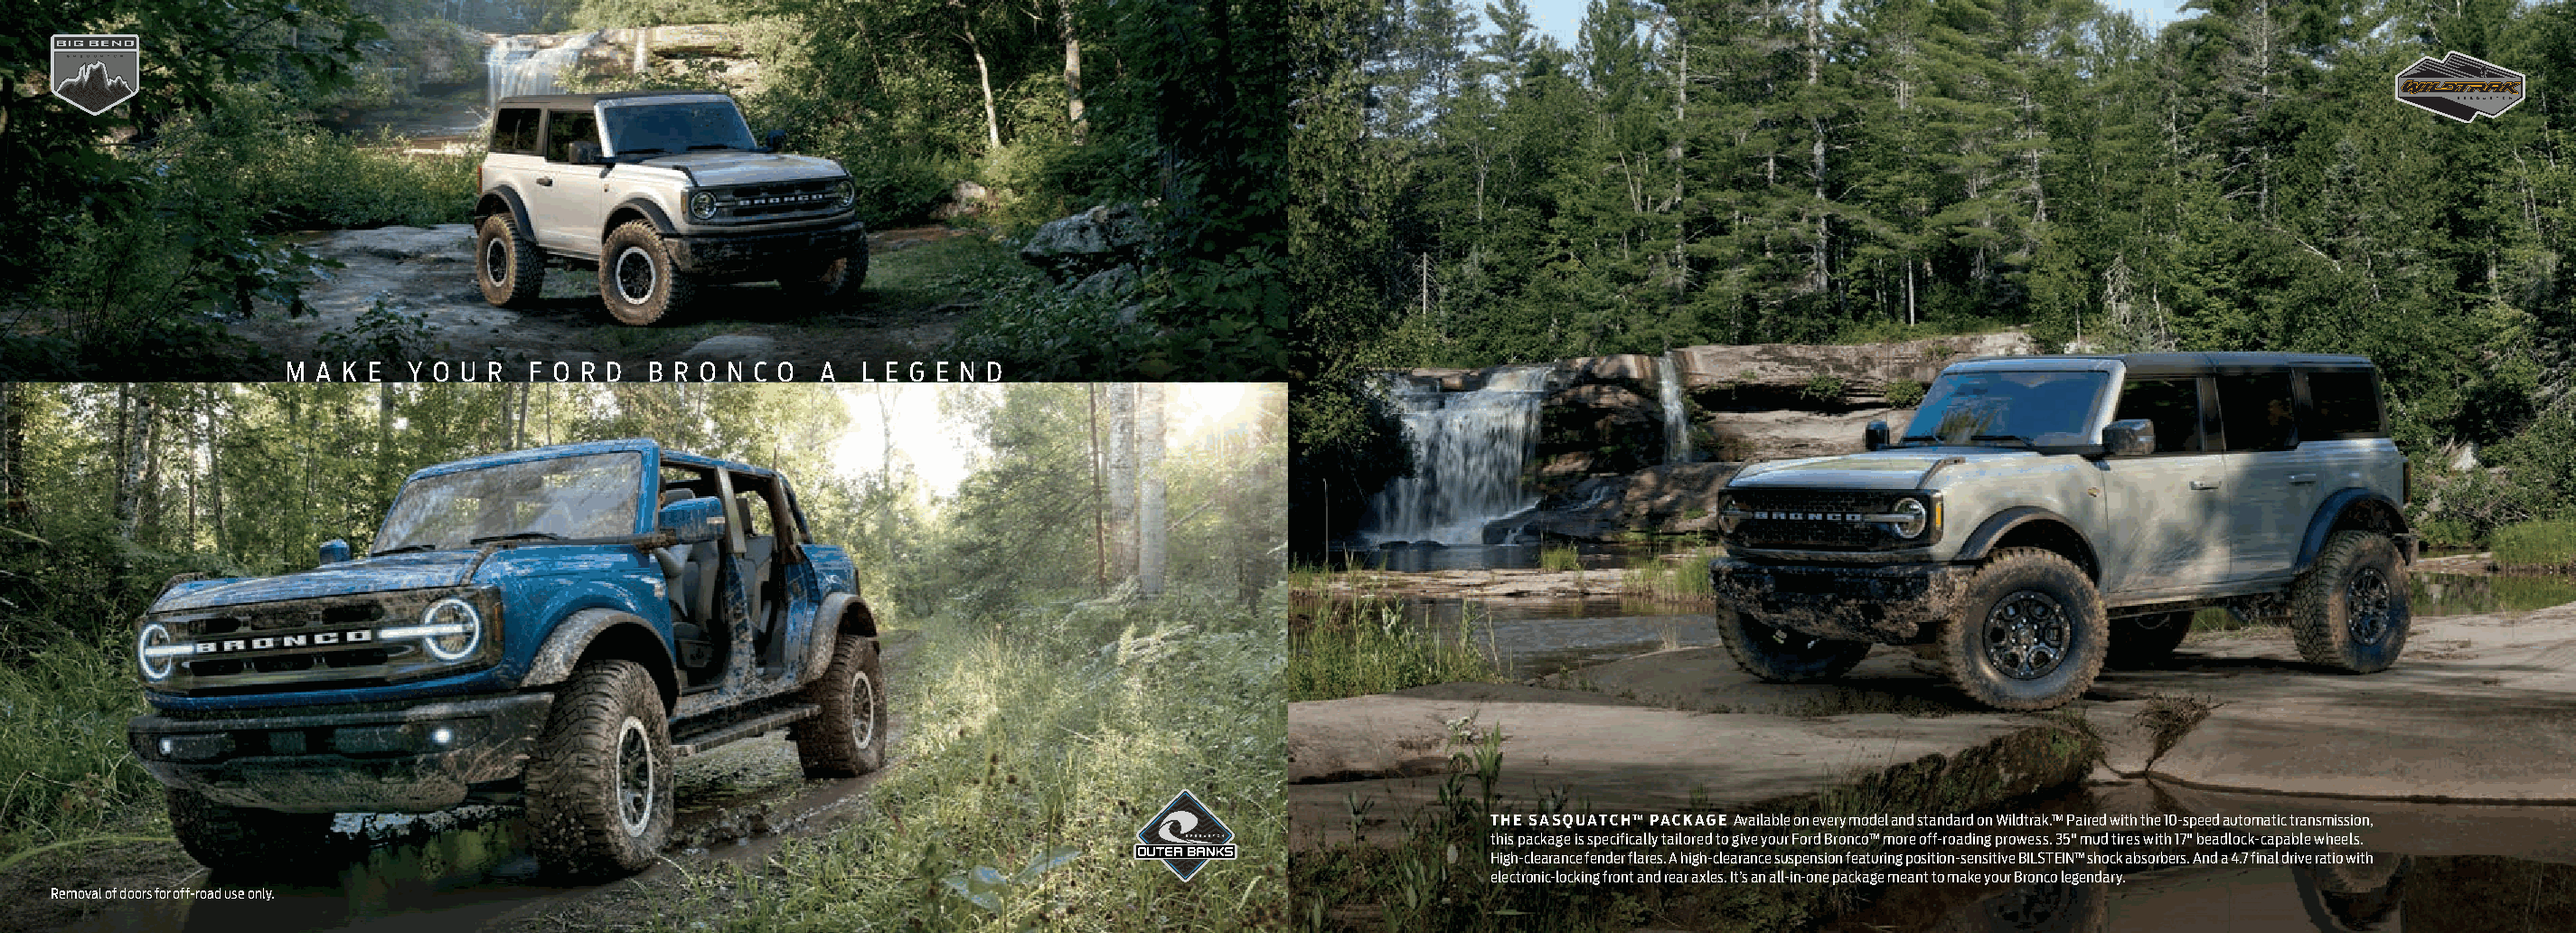
M A K E  Y O U R  F O R D B R O N C O  A  L E G E N D
 THE SASQUATCH™ PACKAGE Available on every model and standard on Wildtrak.™ Paired with the 10-speed automatic transmission,
 this package is specifically tailored to give your Ford Bronco™ more off-roading prowess. 35" mud tires with 17" beadlock-capable wheels.
 High-clearance fender flares. A high-clearance suspension featuring position-sensitive BILSTEIN™ shock absorbers. And a 4.7 final drive ratio with
 electronic-locking front and rear axles. It’s an all-in-one package meant to make your Bronco legendary.
 Removal of doors for off-road use only.